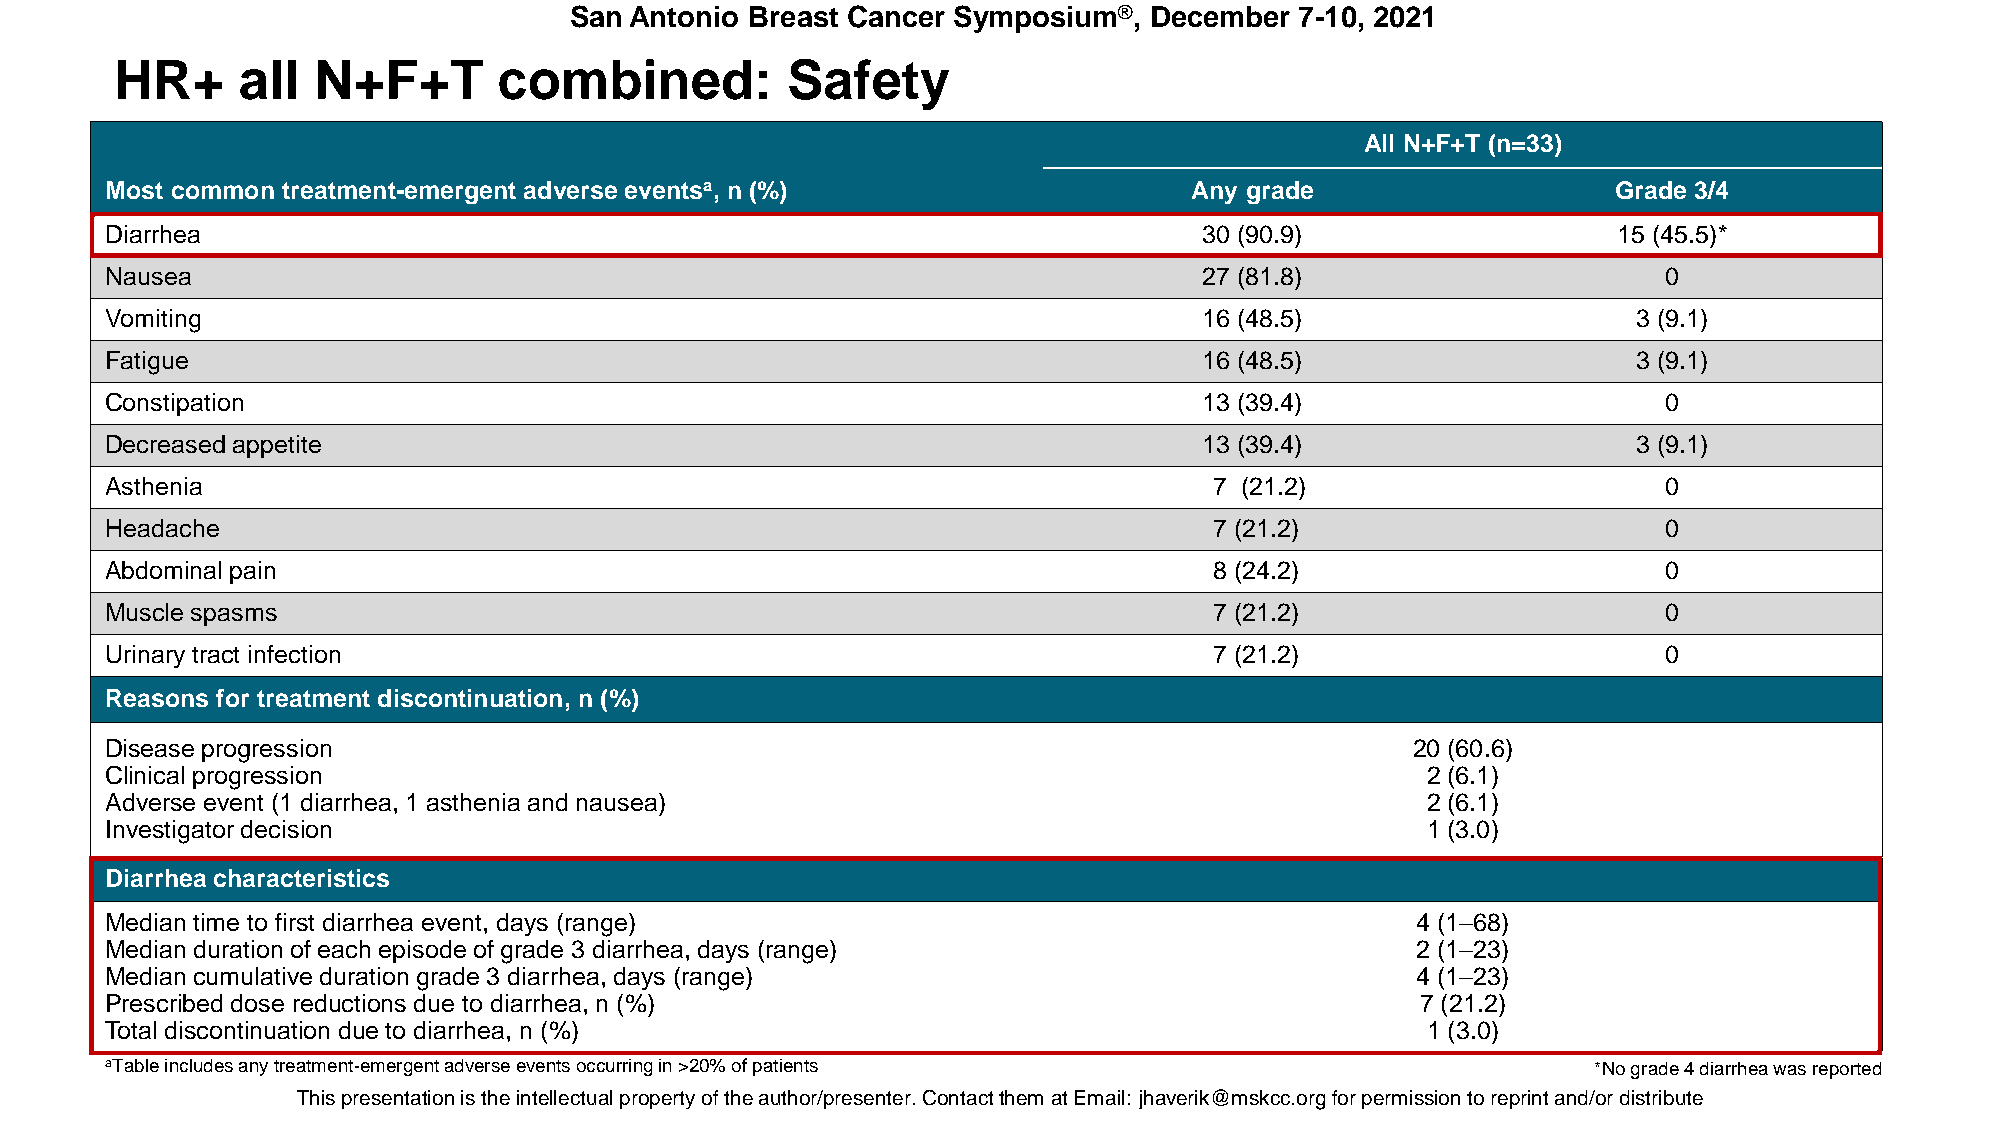
San Antonio Breast Cancer Symposium®, December  7-10, 2021
 HR+     all  N+F+T       combined:          Safety
 All N+F+T (n=33)
 Most common treatment-emergent adverse eventsa, n (%)                   Any grade                   Grade 3/4
 Diarrhea                                                                 30 (90.9)                  15 (45.5)*
 Nausea                                                                   27 (81.8)                     0
 Vomiting                                                                 16 (48.5)                   3 (9.1)
 Fatigue                                                                  16 (48.5)                   3 (9.1)
 Constipation                                                             13 (39.4)                     0
 Decreased appetite                                                       13 (39.4)                   3 (9.1)
 Asthenia                                                                 7 (21.2)                      0
 Headache                                                                 7 (21.2)                      0
 Abdominal pain                                                           8 (24.2)                      0
 Muscle spasms                                                            7 (21.2)                      0
 Urinary tract infection                                                  7 (21.2)                      0
 Reasons for treatment discontinuation, n (%)
 Disease progression                                                                   20 (60.6)
 Clinical progression                                                                   2 (6.1)
 Adverse event (1 diarrhea, 1 asthenia and nausea)                                      2 (6.1)
 Investigator decision                                                                  1 (3.0)
 Diarrhea characteristics
 Median time to first diarrhea event, days (range)                                      4 (1–68)
 Median duration of each episode of grade 3 diarrhea, days (range)                      2 (1–23)
 Median cumulative duration grade 3 diarrhea, days (range)                              4 (1–23)
 Prescribed dose reductions due to diarrhea, n (%)                                      7 (21.2)
 Total discontinuation due to diarrhea, n (%)                                           1 (3.0)
 aTableincludes any treatment-emergent adverse events occurring in >20% of patients                 *No grade 4 diarrhea was reported
 This presentaTthioisn p irse tsheen tiantitoenll eisc tthuea li npterollepcetrutayl opfro tpheer tay uotfh thoer/ apurethsoern/ptreers. eCnotenrt. aCcot ntthaecmt th aetm XaXt EXXmXaXil:X jXhXavXeXrXikX@Xm@sXkXccX.XoXrgXfXo.rE pDeUrmfiossr iopne rtom riespsiroinnt aton dr/eopr rdinistt raibnudte/or distribute.